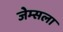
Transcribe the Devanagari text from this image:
जेम्सला